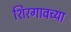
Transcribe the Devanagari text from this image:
शिरगावच्या